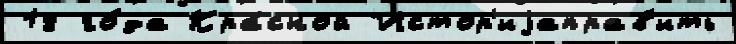
18 го́да Кра́сной Истор'иjаправ'ить